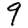
Digit: 9